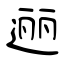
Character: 逦